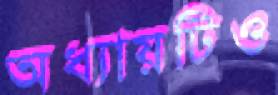
অধ্যায়টিও